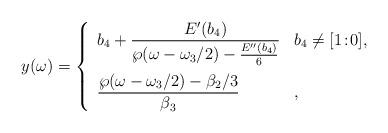
LaTeX: \begin{align*} y(\omega)=\left\{\begin{array}{ll} \displaystyle b_{4}+\frac{E'(b_{4})}{\wp(\omega-\omega_3/2)-\frac{E''(b_{4})}{6}} & b_{4}\neq [1\!:\!0],\medskip\\ \displaystyle \frac{\wp(\omega-\omega_3/2)-\beta_{2}/3}{\beta_{3}} & , \end{array}\right.\end{align*}